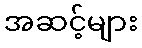
အဆင့်များ